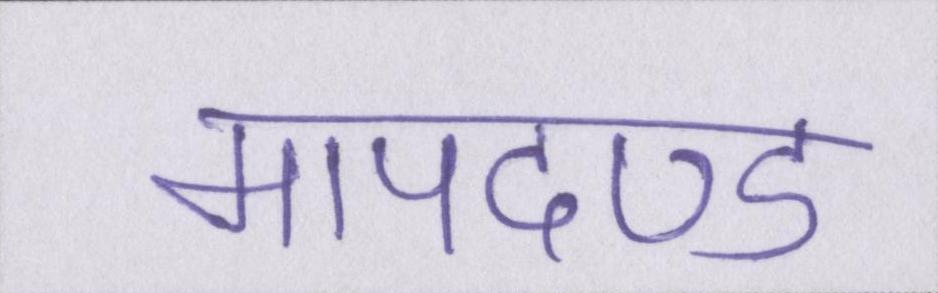
मापदण्ड